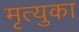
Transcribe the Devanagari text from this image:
मृत्युका